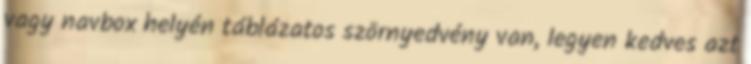
vagy navbox helyén táblázatos szörnyedvény van, legyen kedves azt